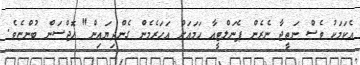
އެކަމަކު ވެސް ނަތީޖާ ނެރެން ޕެނަލްޓީއާ ހަމައަށް އަހަރެމެން ގެންދިޔައިން" ހޮޖްސަން ބުންޏެވެ.